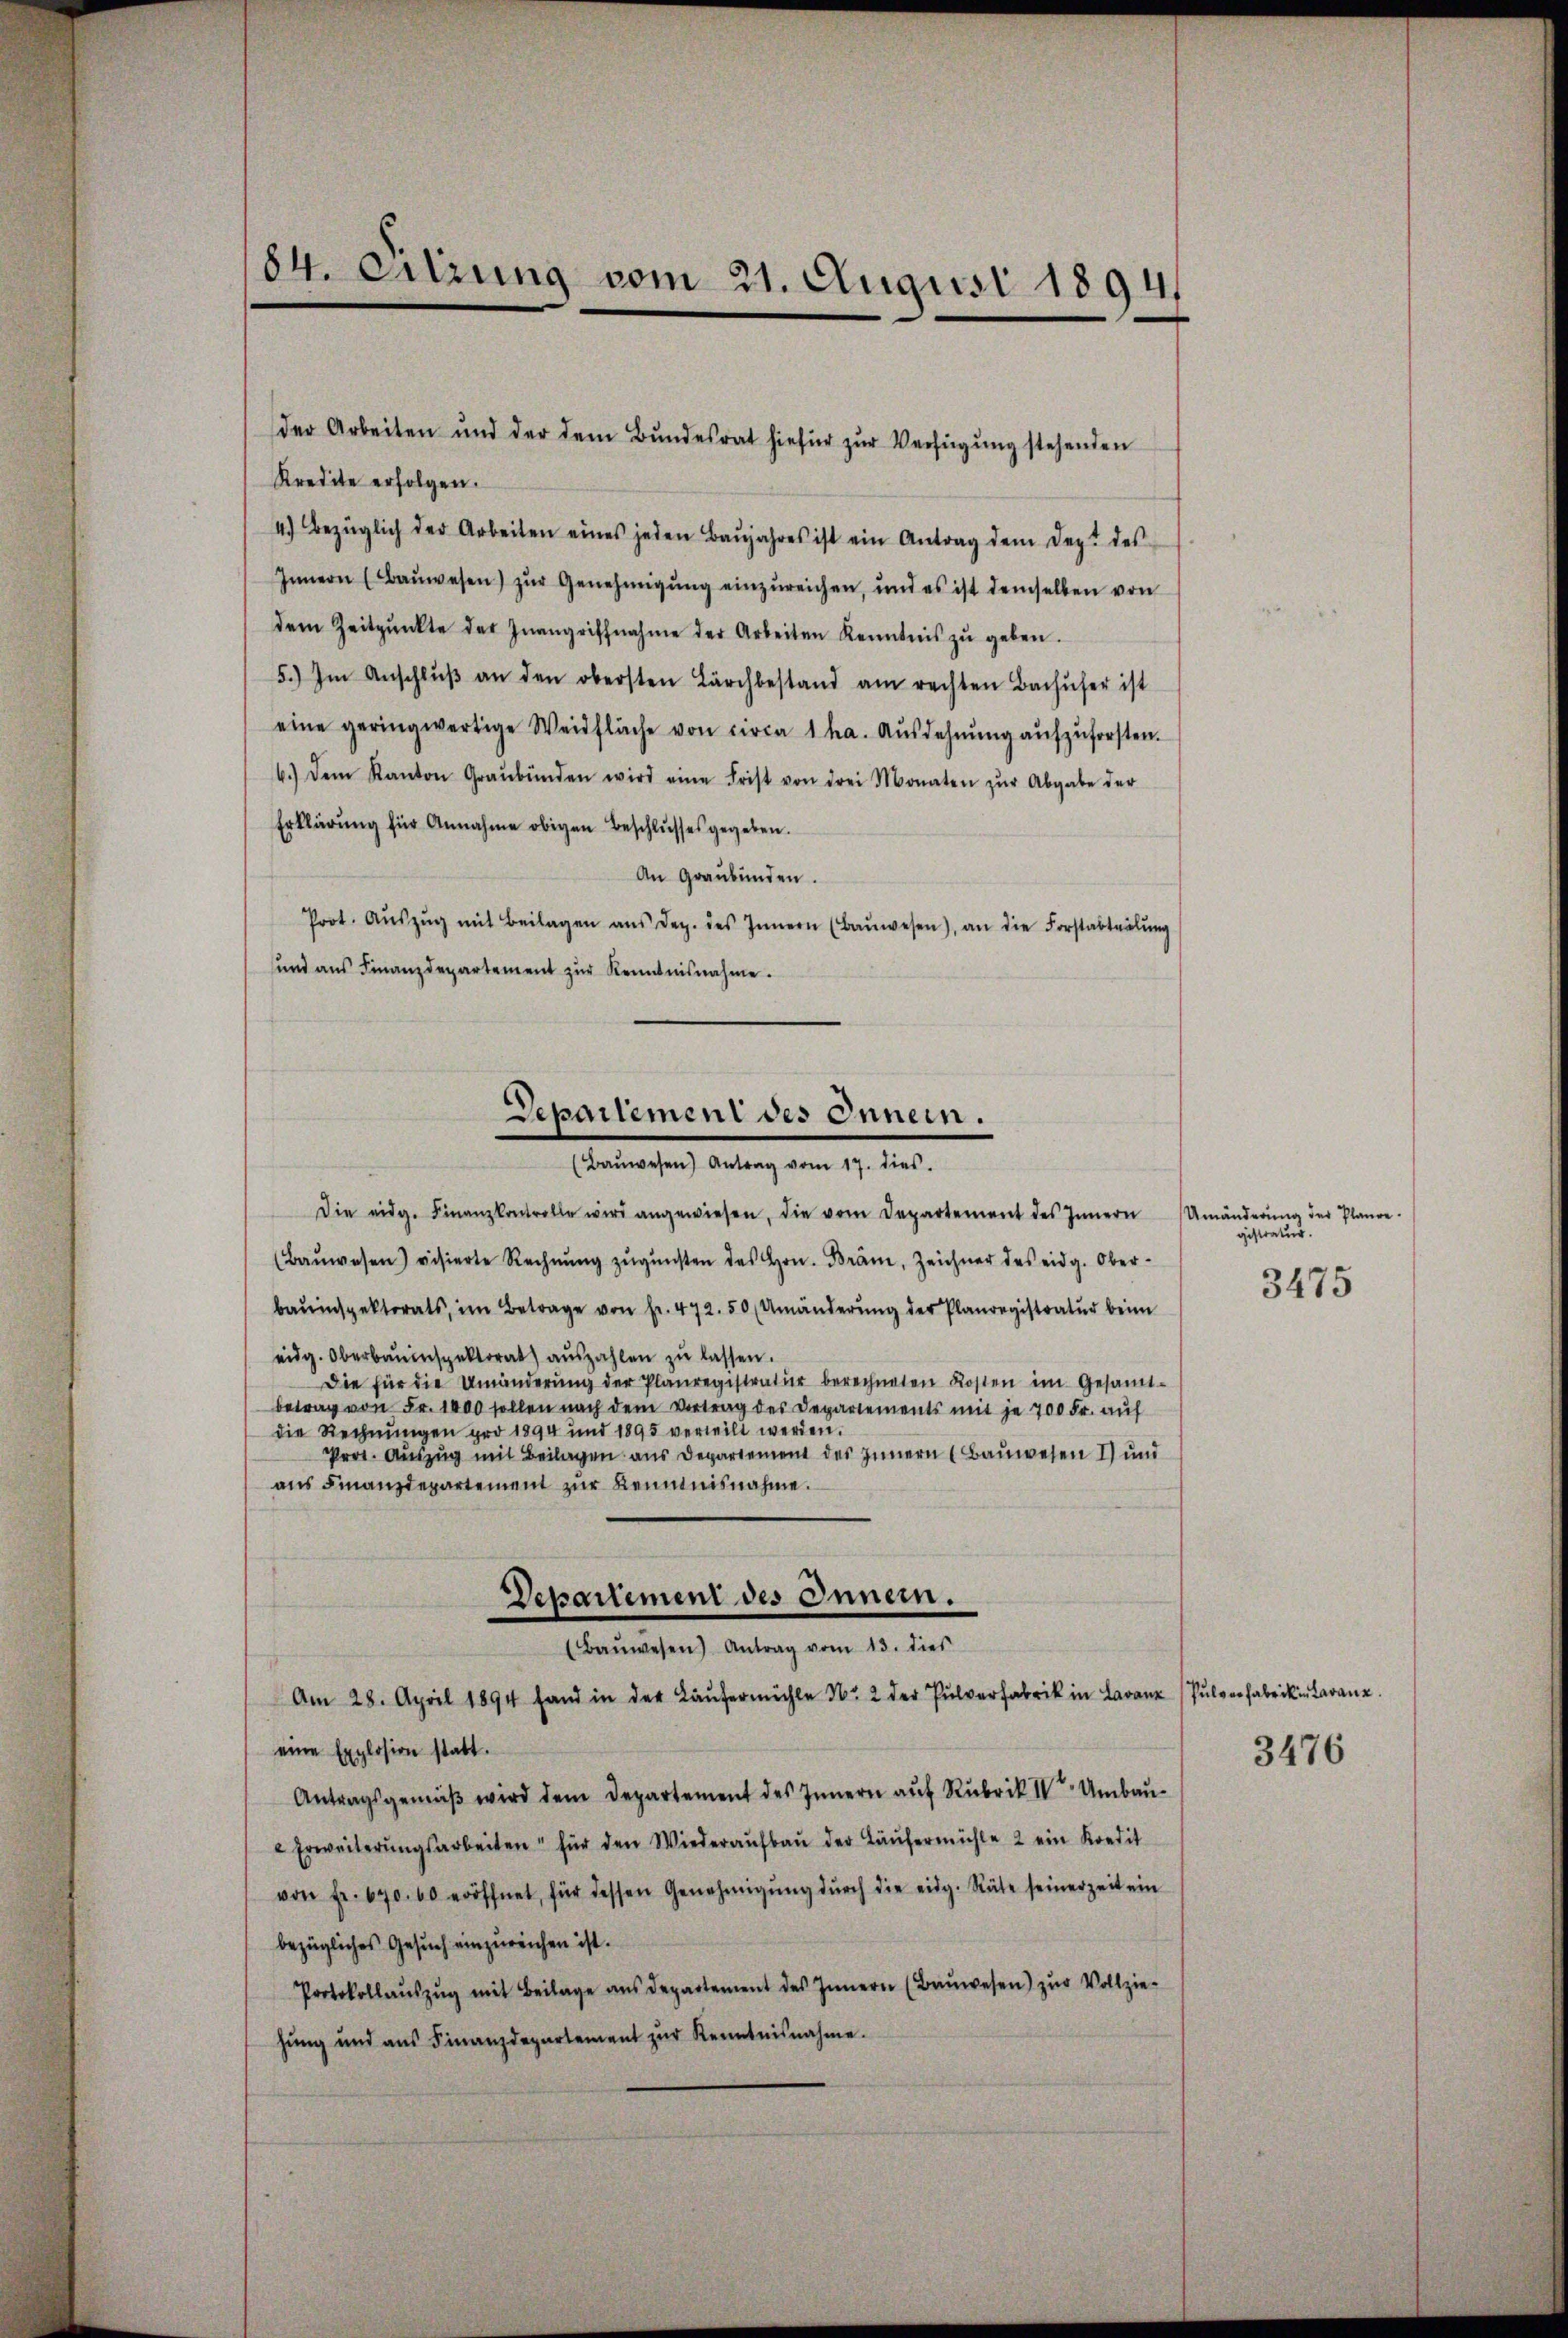
84. Chrung vom 21. August 1894.

der Arbeiten und der dem Bundesrat hiefür zur Verfügung stehenden
Kredite erfolgen.
4.) Bezüglich der Arbeiten eines jeden Baŭjahres ist ein Antrag dem Dept des
Innern (Baŭwesen) zur Genehmigung einzureichen, und es ist demselben von
dem Zeitpunkte der Inangriffnahme der Arbeiten Kenntnis zŭ geben.
5.) Im Anschlŭβ an den obersten Lärchbestand am rechten Bachufer ist
eine geringwertige Weidfläche von circa 1 ha. Ausdehnung aufzuforsten.
6.) Dem Kanton Graubünden wird eine Frist von drei Monaten zŭr Abgabe der
Erklärung für Annahme obigen Beschlusses gegeben.
An Graubünden.
Prot. Aŭszŭg mit Beilagen ans Dez. des Innern (Baŭwesen), an die Forstabteilŭng
und ans Finanzdepartement zŭr Kenntnisnahme.
Die eidg. Finanzkontrolle wird angewiesen, die vom Departement des Innern Umänderŭng der Plane.
(Baŭwesen) visierte Rechnŭng zŭgŭnsten des Hrn. Bräm, Zeichner des eidg. Ober-
bauinspektorats, im Betrage von fr. 472. 50 (Umänderŭng der Planregistratur beim
eidg. Oberbauinspektorat aŭszahlen zŭ lassen.
Die für die Umänderŭng der Planregistratur berechneten Kosten im Gesamt-
betrag von Fr. 1400 sollen nach dem Vortrag des Departements mit je 700 Fr. auf
die Rechnungen pro 1894 und 1895 verweilt werden.
Prot. Auszug mit Beilagen aus Departement des Innern (Bauwesen 1) und
ans Finanzdepartement zŭr Beimnisnahme.
Departement des Innern.
(Baŭwesen) Antrag vom 13. dies
Am 28. April 1894 fand in der Läufermühle Nr. 2 der Pulverfabrik in Lavanz
eine Explosion statt.
Antragsgemäβ wird dem Departement des Innern auf Rubrik IV Umbau¬
 Erweiterungsarbeiten für den Wiederaufbau der Läufermühle 2 ein Kredit
von fr. 670. 60 eröffnet, für dessen Genehmigŭng dŭrch die eidg. Räte seinerzeit ein
bezügliches Gesuch einzureichen ist.
Protokollaŭszŭg mit Beilage ans departement des Innern (Baŭwesen) zur Vollzie-
hung und ans Finanzdepartement zŭr Kenntnisnahme.

Departement des Innern.
(Baŭwesen) Antrag vom 17. dies

gistratur.

3475

Pulverfabrik in daranz.

3476